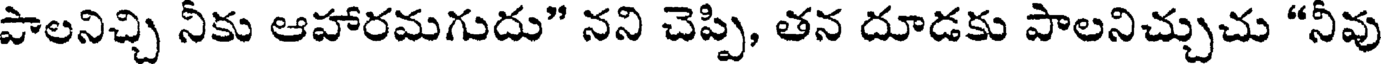
పాలనిచ్చి నీకు ఆహారమగుదు" నని చెప్పి, తన దూడకు పాలనిచ్చుచు "నీవు